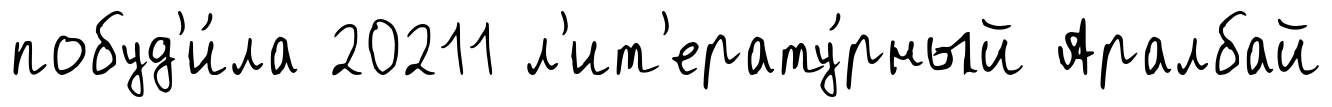
побуд'и́ла 20211 л'ит'ерату́рный Аралбай